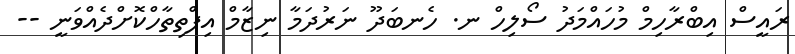
ރައީސް އިބްރާހިމް މުހައްމަދު ސޯލިހް ނ. ހެނބަދޫ ނަރުދަމާ ނިޒާމް އިފްތިތާހްކޮށްދެއްވަނީ --